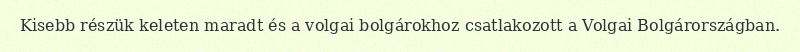
Kisebb részük keleten maradt és a volgai bolgárokhoz csatlakozott a Volgai Bolgárországban.